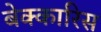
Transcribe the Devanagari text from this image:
बेक्कारिस